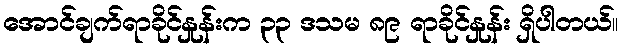
အောင်ချက်ရာခိုင်နှုန်းက ၃၃ ဒသမ ၈၉ ရာခိုင်နှုန်း ရှိပါတယ်။